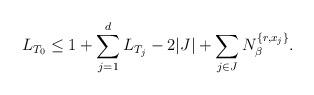
LaTeX: \begin{align*}L_{T_0} \leq 1 + \sum_{j=1}^d L_{T_j} - 2|J| + \sum_{j\in J} N_\beta^{\{r,x_j\}}.\end{align*}